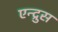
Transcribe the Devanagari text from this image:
एन्द्रुस